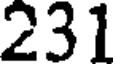
231